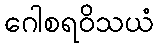
ဂေါစရဝိသယံ